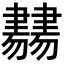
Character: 𦘨